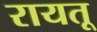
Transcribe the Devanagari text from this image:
रायतू